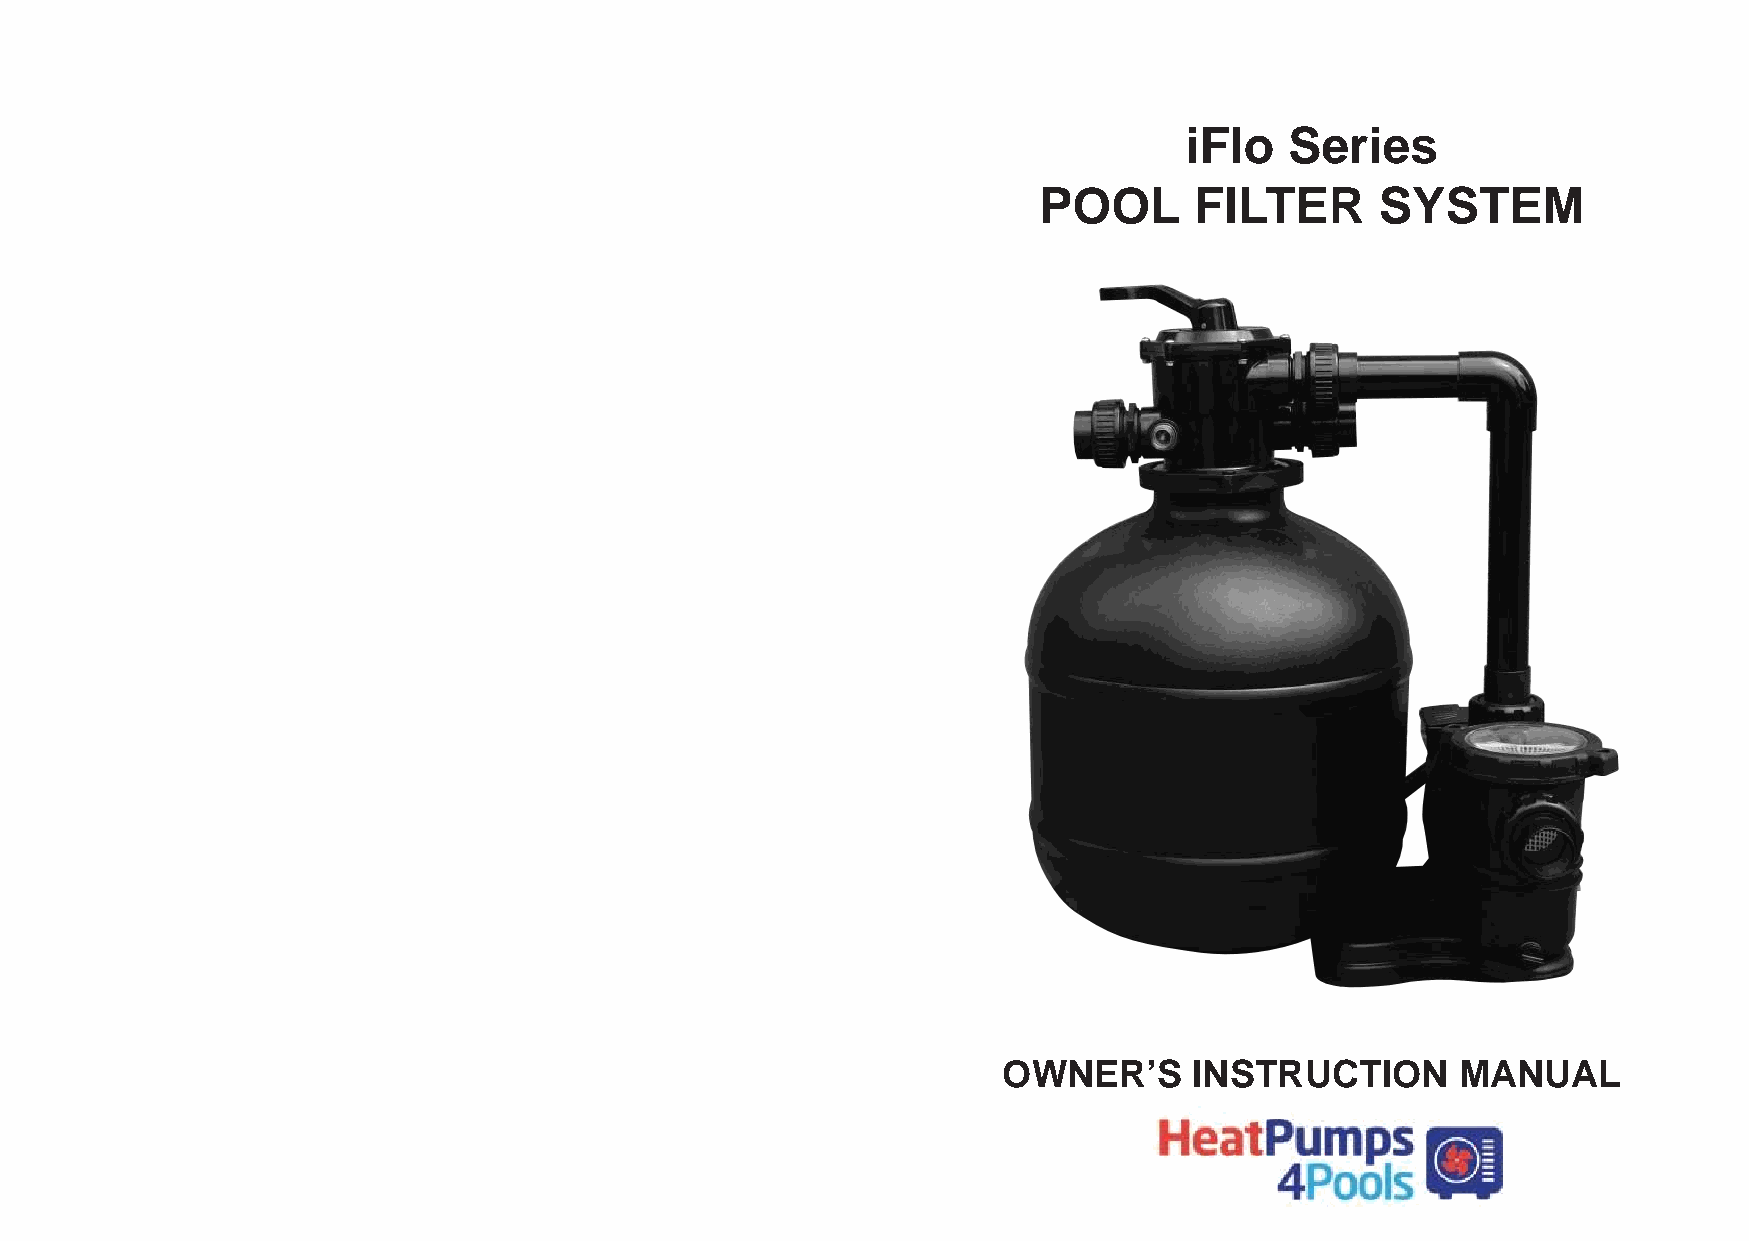
iFlo   Series
 POOL      FILTER      SYSTEM
 OWNER’S      INSTRUCTION       MANUAL